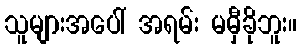
သူများအပေါ် အရမ်း မမှီခိုဘူး။